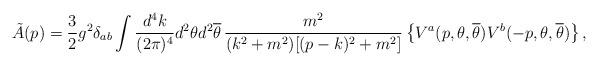
LaTeX: \begin{align*}\tilde{A}(p) = \frac{3}{2} g^{2}\delta_{ab} \int \frac{d^{4}k}{(2\pi)^{4}} d^{2}\theta d^{2}{\overline\theta} \, \frac{m^{2}}{(k^{2}+m^{2})[(p-k)^{2}+m^{2}]} \left\{ V^{a}(p,\theta,{\overline\theta}) V^{b}(-p,\theta,{\overline\theta}) \right\} , \end{align*}